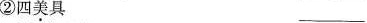
②四美具___